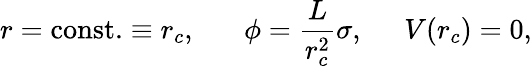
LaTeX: r=\mathrm{const.}\equiv r_{c},\; \; \; \; \; \; \phi=\frac{L}{r_{c}^{2}}\sigma,\; \; \; \; \; V(r_{c})=0,